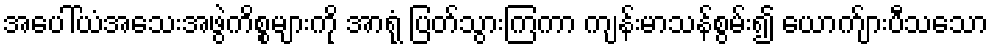
အပေါ်ယံအသေးအဖွဲကိစ္စများကို အာရုံ ပြတ်သွားကြကာ ကျန်းမာသန်စွမ်း၍ ယောက်ျားပီသသော